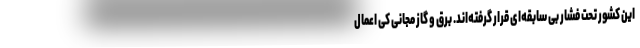
این کشور تحت فشار بی سابقه‌ای قرار گرفته‌اند. برق و گاز مجانی کی اعمال